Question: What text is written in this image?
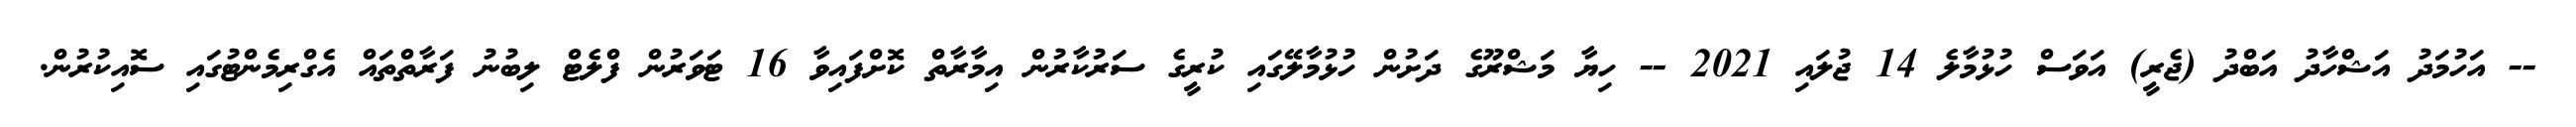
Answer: -- އަހުމަދު އަޝްހާދު އަބްދު (ޖެރީ) އަވަސް ހުޅުމާލެ 14 ޖުލައި 2021 -- ހިޔާ މަޝްރޫގެ ދަށުން ހުޅުމާލޭގައި ކުރީގެ ސަރުކާރުން އިމާރާތް ކޮށްފައިވާ 16 ޓަވަރުން ފްލެޓް ލިބުނު ފަރާތްތައް އެގްރިމެންޓުގައި ސޮއިކުރުން.